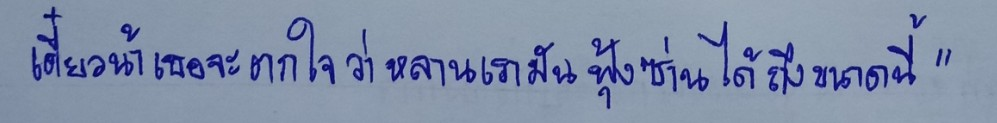
เดี๋ยวน้าเธอจะตกใจว่าหลานเรามันฟุ้งซ่านได้ถึงขนาดนี้"